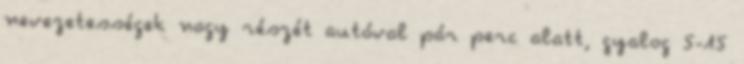
nevezetességek nagy részét autóval pár perc alatt, gyalog 5-15